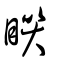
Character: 眹